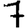
Digit: 7